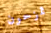
تمزحون